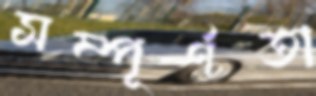
সম্পূর্ণতা